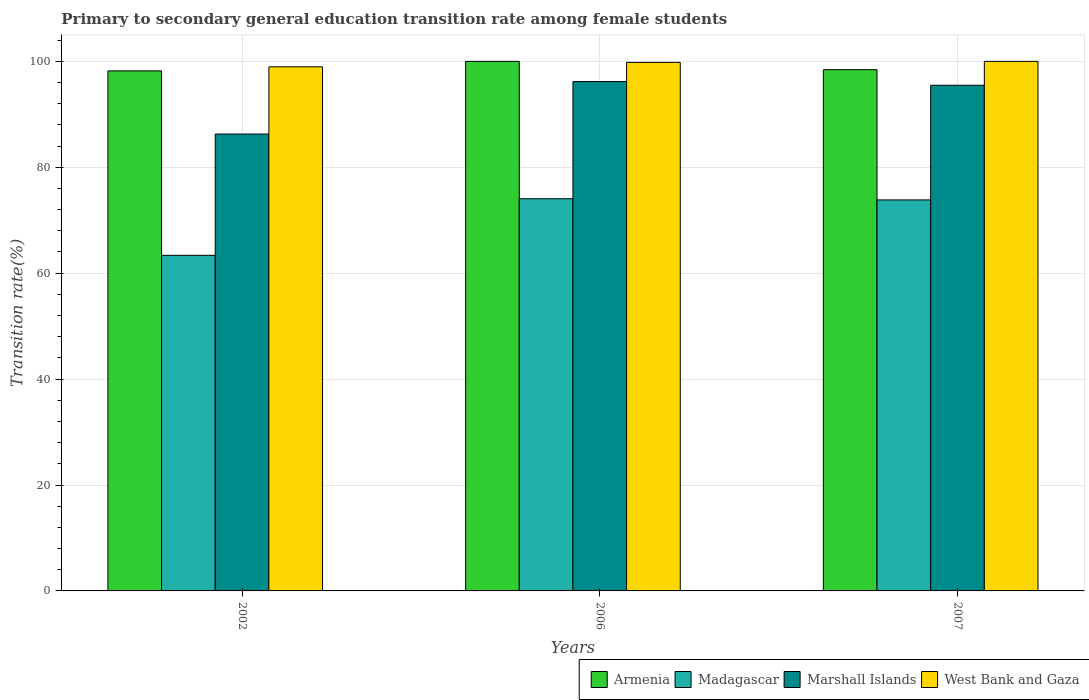
| Years | Armenia | Madagascar | Marshall Islands | West Bank and Gaza |
 | --- | --- | --- | --- | --- |
 | 2002 | 98.2 | 63.4 | 86.3 | 99 |
 | 2006 | 100 | 74.1 | 96.2 | 99.8 |
 | 2007 | 98.4 | 73.8 | 95.5 | 100 |